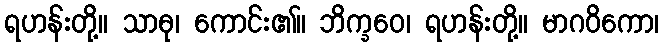
ရဟန်းတို့။ သာဓု၊ ကောင်း၏။ ဘိက္ခဝေ၊ ရဟန်းတို့။ မာဂဝိကော၊